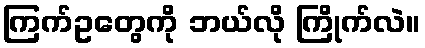
ကြက်ဥတွေကို ဘယ်လို ကြိုက်လဲ။